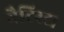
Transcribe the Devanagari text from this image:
बैटिस्टा